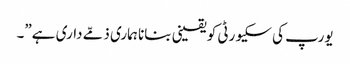
یورپ کی سکیورٹی کو یقینی بنانا ہماری ذمّے داری ہے”۔